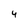
Character: 4